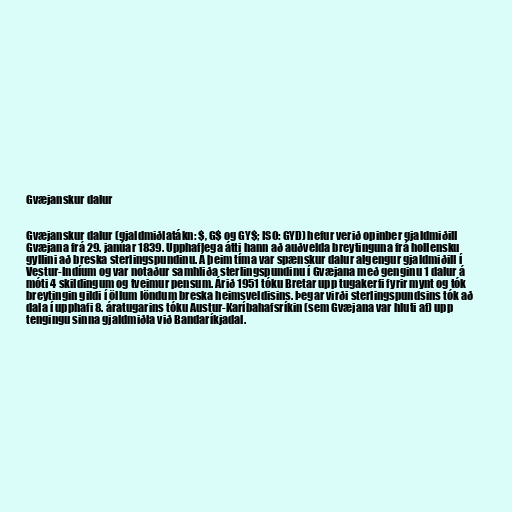
Gvæjanskur dalur

Gvæjanskur dalur (gjaldmiðlatákn: $, G$ og GY$; ISO: GYD) hefur verið opinber gjaldmiðill
Gvæjana frá 29. janúar 1839. Upphaflega átti hann að auðvelda breytinguna frá hollensku
gyllini að breska sterlingspundinu. Á þeim tíma var spænskur dalur algengur gjaldmiðill í
Vestur-Indíum og var notaður samhliða sterlingspundinu í Gvæjana með genginu 1 dalur á
móti 4 skildingum og tveimur pensum. Árið 1951 tóku Bretar upp tugakerfi fyrir mynt og tók
breytingin gildi í öllum löndum breska heimsveldisins. Þegar virði sterlingspundsins tók að
dala í upphafi 8. áratugarins tóku Austur-Karíbahafsríkin (sem Gvæjana var hluti af) upp
tengingu sinna gjaldmiðla við Bandaríkjadal.